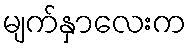
မျက်နှာလေးက